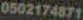
0502174871